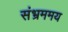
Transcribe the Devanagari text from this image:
संभ्रममय